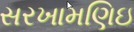
સરખામણિઇ